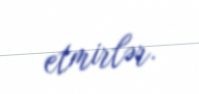
etmirlər.